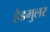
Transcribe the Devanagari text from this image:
हेडमुलर